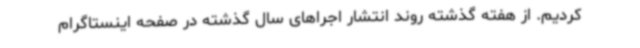
کردیم. از هفته گذشته روند انتشار اجراهای سال گذشته در صفحه اینستاگرام